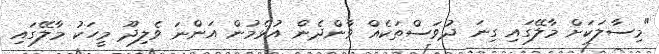
"މިސާލަކަށް މާލޭގައި ގިނަ ދުވަސްތަކެއް ވާންދެން އުޅެމުން އަންނަ ވެލިދޫ މީހަކު މާލޭގައި